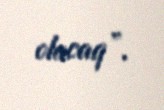
olacaq”.